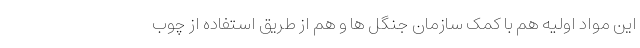
این مواد اولیه هم با کمک سازمان جنگل ها و هم از طریق استفاده از چوب